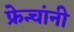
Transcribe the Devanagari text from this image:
फ्रेन्चांनी